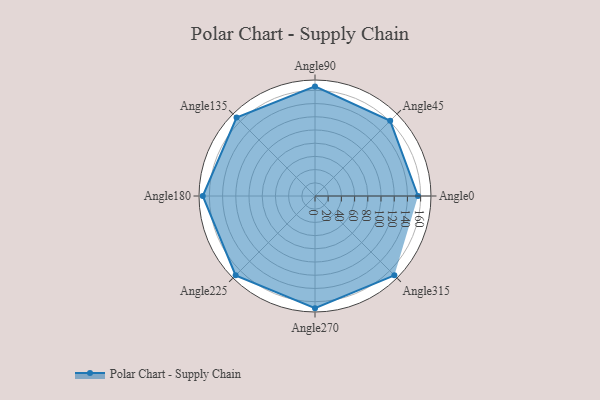
{"axis": {"x": "Angle", "y": "Radius"}, "legend": [""], "data": [{"x": "Angle0", "y": 156.0, "type": ""}, {"x": "Angle45", "y": 161.0, "type": ""}, {"x": "Angle90", "y": 166.0, "type": ""}, {"x": "Angle135", "y": 168.0, "type": ""}, {"x": "Angle180", "y": 170, "type": ""}, {"x": "Angle225", "y": 170, "type": ""}, {"x": "Angle270", "y": 170, "type": ""}, {"x": "Angle315", "y": 170, "type": ""}]}